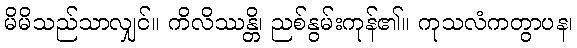
မိမိသည်သာလျှင်။ ကိလိဿန္တိ၊ ညစ်နွမ်းကုန်၏။ ကုသလံကတွာပန၊